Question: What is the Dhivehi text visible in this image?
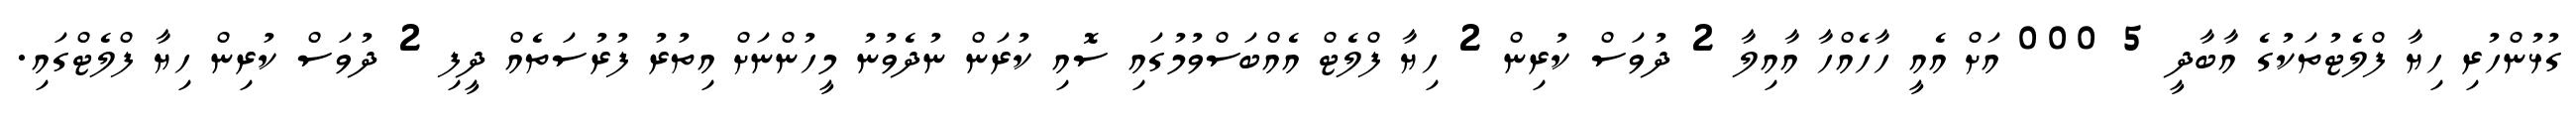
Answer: ގުޅުންހުރި ހިޔާ ފްލެޓުތަކުގެ އާބާދީ 5 000 އަށް އެއީ ހާހެއްހާ އާއިލާ 2 ދުވަސް ކުރިން 2 ހިޔާ ފްލެޓް އެއްބަސްވުމުގައި ސޮއި ކުރަން ނުދެވުނު މީހުންނަށް އިތުރު ފުރުސަތެއް ދީފި 2 ދުވަސް ކުރިން ހިޔާ ފްލެޓްގައި.